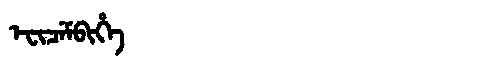
Manchu: ᡝᠸᡳᠴᡝᠮᠪᡳᡥᡝ
Romanization: EFICEMBIHE